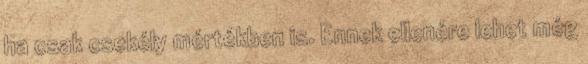
ha csak csekély mértékben is. Ennek ellenére lehet még